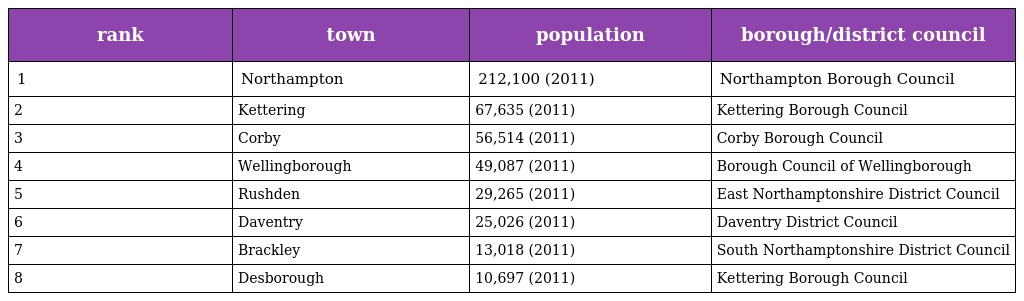
| rank | town | population | borough/district council |
 | --- | --- | --- | --- |
 | 1 | Northampton | 212,100 (2011) | Northampton Borough Council |
 | 2 | Kettering | 67,635 (2011) | Kettering Borough Council |
 | 3 | Corby | 56,514 (2011) | Corby Borough Council |
 | 4 | Wellingborough | 49,087 (2011) | Borough Council of Wellingborough |
 | 5 | Rushden | 29,265 (2011) | East Northamptonshire District Council |
 | 6 | Daventry | 25,026 (2011) | Daventry District Council |
 | 7 | Brackley | 13,018 (2011) | South Northamptonshire District Council |
 | 8 | Desborough | 10,697 (2011) | Kettering Borough Council |